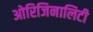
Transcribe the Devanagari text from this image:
ओरिजिनालिटी